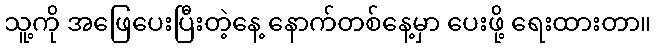
သူ့ကို အဖြေပေးပြီးတဲ့နေ့ နောက်တစ်နေ့မှာ ပေးဖို့ ရေးထားတာ။